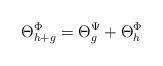
LaTeX: \begin{align*} \Theta_{h+g}^\Phi = \Theta_{g}^\Psi + \Theta_{h}^\Phi\end{align*}